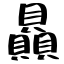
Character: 贔